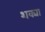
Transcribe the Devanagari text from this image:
शक्या